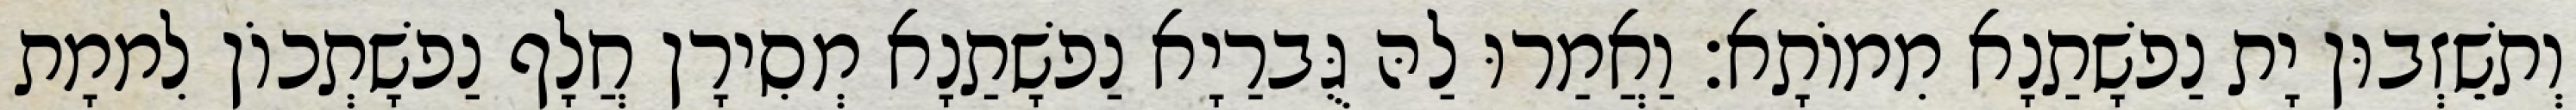
וְתשֵׁזְבוּן יָת נַפשָׁתַנָא מִמוֹתָא׃ וַאֲמַרוּ לַהּ גֻּברַיָא נַפשָׁתַנָא מְסִירָן חֲלָף נַפשָׁתְכוֹן לִממָת